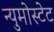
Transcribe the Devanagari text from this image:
न्युमोस्टेट